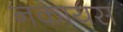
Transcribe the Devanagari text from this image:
नकायस